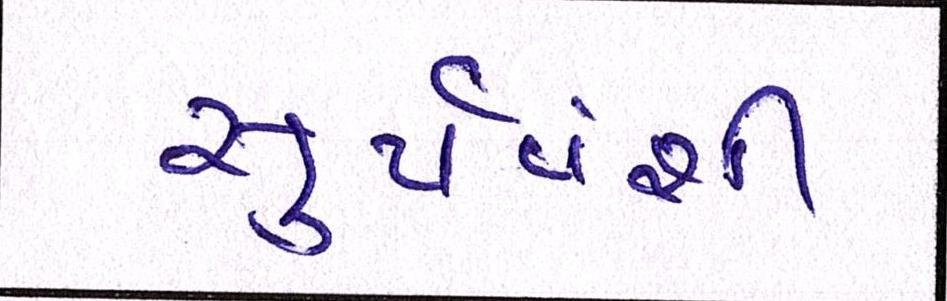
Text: સુર્યવંશી